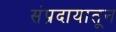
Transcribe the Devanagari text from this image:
संप्रदायातून